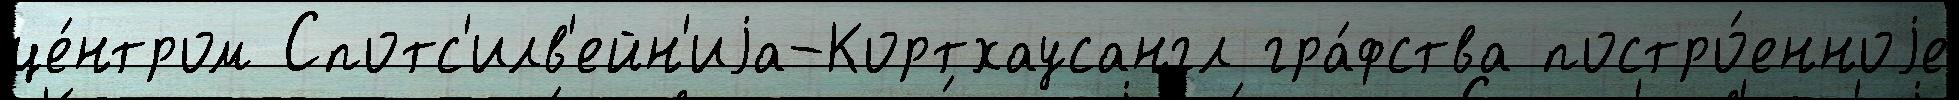
це́нтром Спотс'илв'ейн'иjа-Кортхаусангл гра́фства постро́енноjе